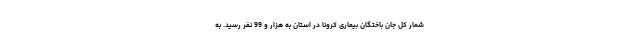
شمار کل جان باختگان بیماری کرونا در استان به هزار و 99 نفر رسید. به